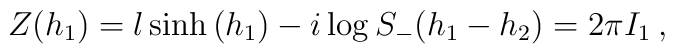
Z(h_{1})=l\sinh \left( h_{1}\right) -i\log S_{-}(h_{1}-h_{2})=2\pi I_{1}\: ,